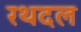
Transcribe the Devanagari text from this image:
रथदल